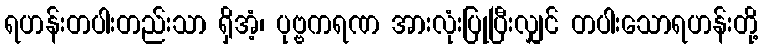
ရဟန်းတပါးတည်းသာ ရှိအံ့၊ ပုဗ္ဗကရဏ အားလုံးပြုပြီးလျှင် တပါးသောရဟန်းတို့